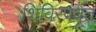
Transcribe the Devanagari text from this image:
शिविरपर्वत